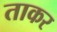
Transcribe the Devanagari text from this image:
ताकर